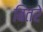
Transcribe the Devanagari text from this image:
बितरे